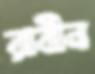
রাবীন